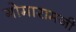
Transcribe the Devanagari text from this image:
गोमारामजी